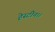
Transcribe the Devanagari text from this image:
हेस्टीन।।